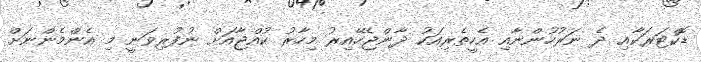
ޑޮކްޓަރަކާއި ދެ ނަރުހުންނާއި އެހީތެރިއަކު ދާންޖެހޭއިރު މިހާރު ކުއްޖާއަށް ނުފުރިވަނީ މި އެންމެންނަށް